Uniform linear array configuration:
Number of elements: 32
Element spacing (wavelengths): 0.75
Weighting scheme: kaiser
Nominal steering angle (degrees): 45
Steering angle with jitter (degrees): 46.972
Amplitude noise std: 0.05
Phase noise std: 0.05

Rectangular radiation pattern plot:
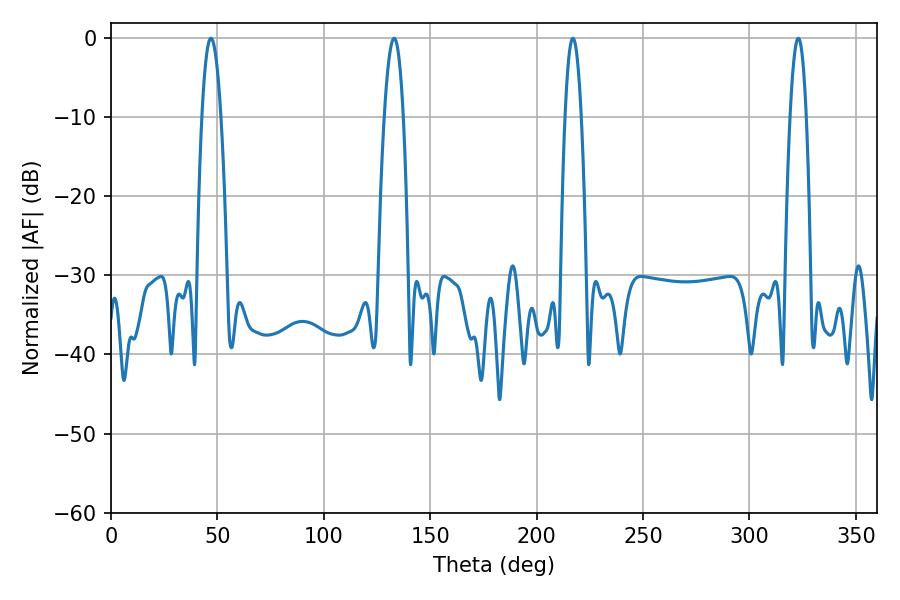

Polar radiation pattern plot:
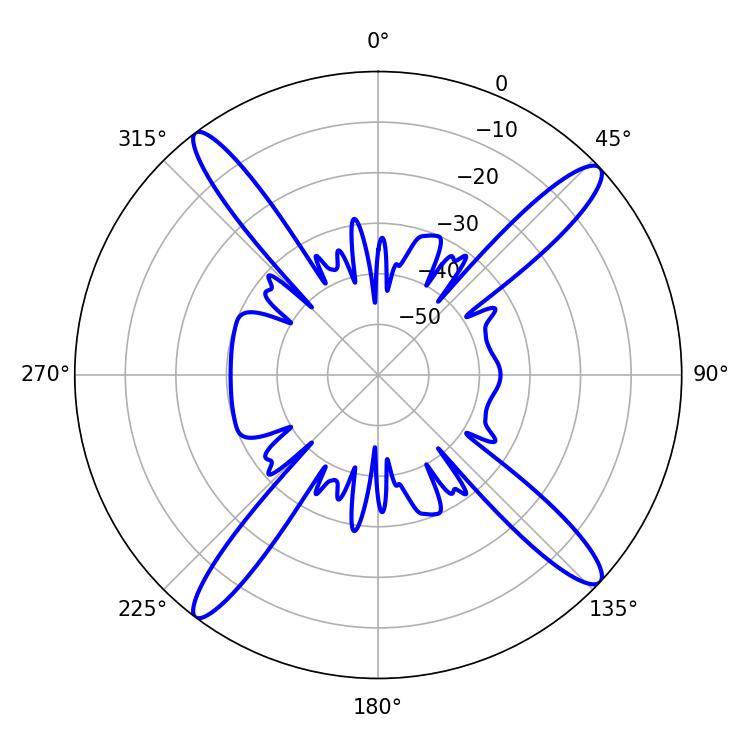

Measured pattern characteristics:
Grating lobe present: TRUE
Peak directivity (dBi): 17.012
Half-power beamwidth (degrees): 4.86
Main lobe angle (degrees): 46.98